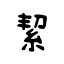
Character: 絜